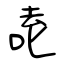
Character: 唟